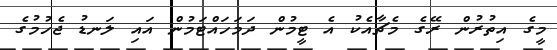
މީގެ އިތުރުން ރޭގެ މެޗާއެކު އެ ޓީމުން ދަމަހައްޓަމުން އައި ލަނޑު ޖެހުމުގެ